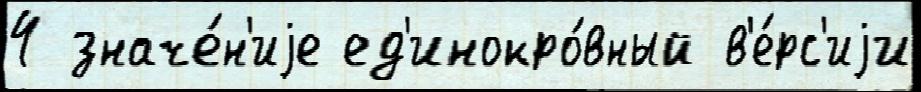
4 значе́н'иjе ед'инокро́вный в'е́рс'иjи